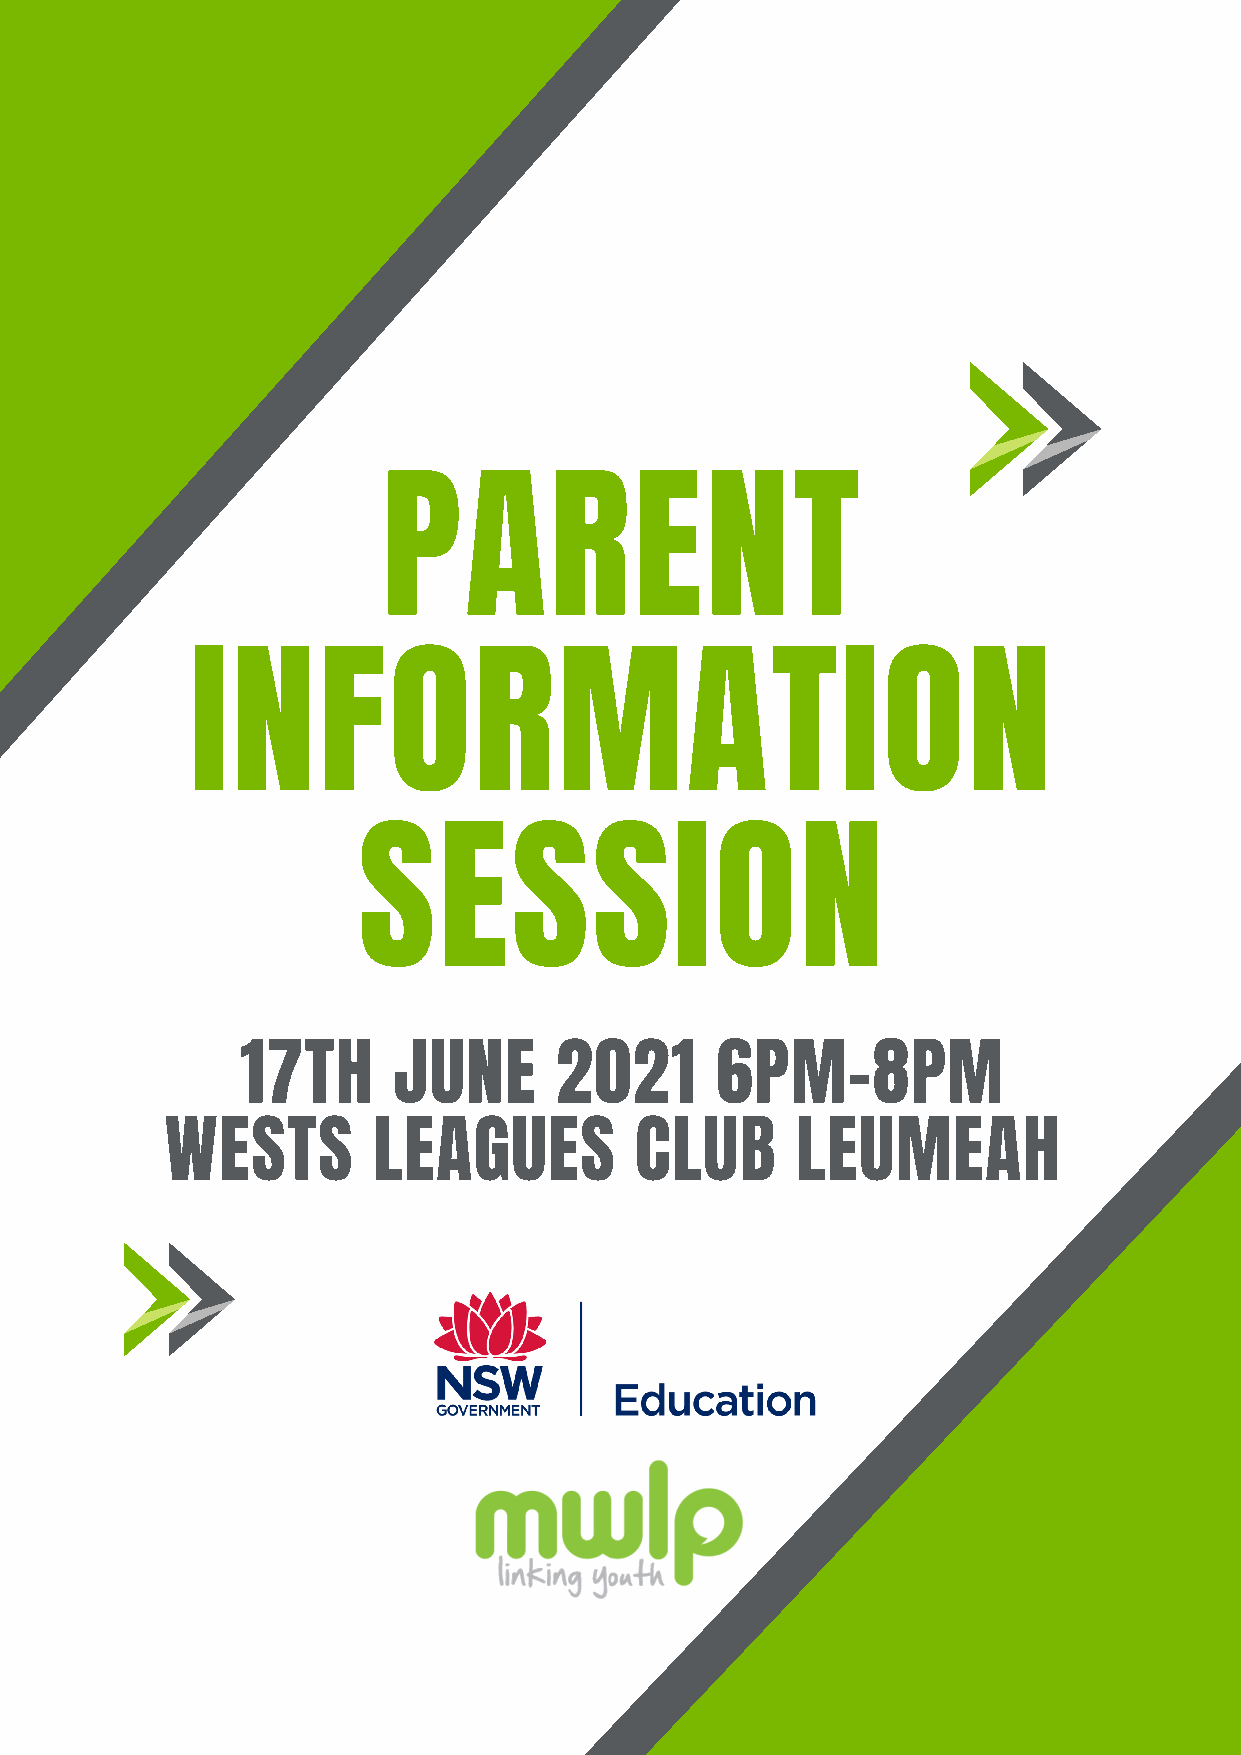
PARENT
 INFORMATION
 SESSION
 17TH      JUNE       2021      6PM-8PM
 WESTS         LEAGUES          CLUB       LEUMEAH